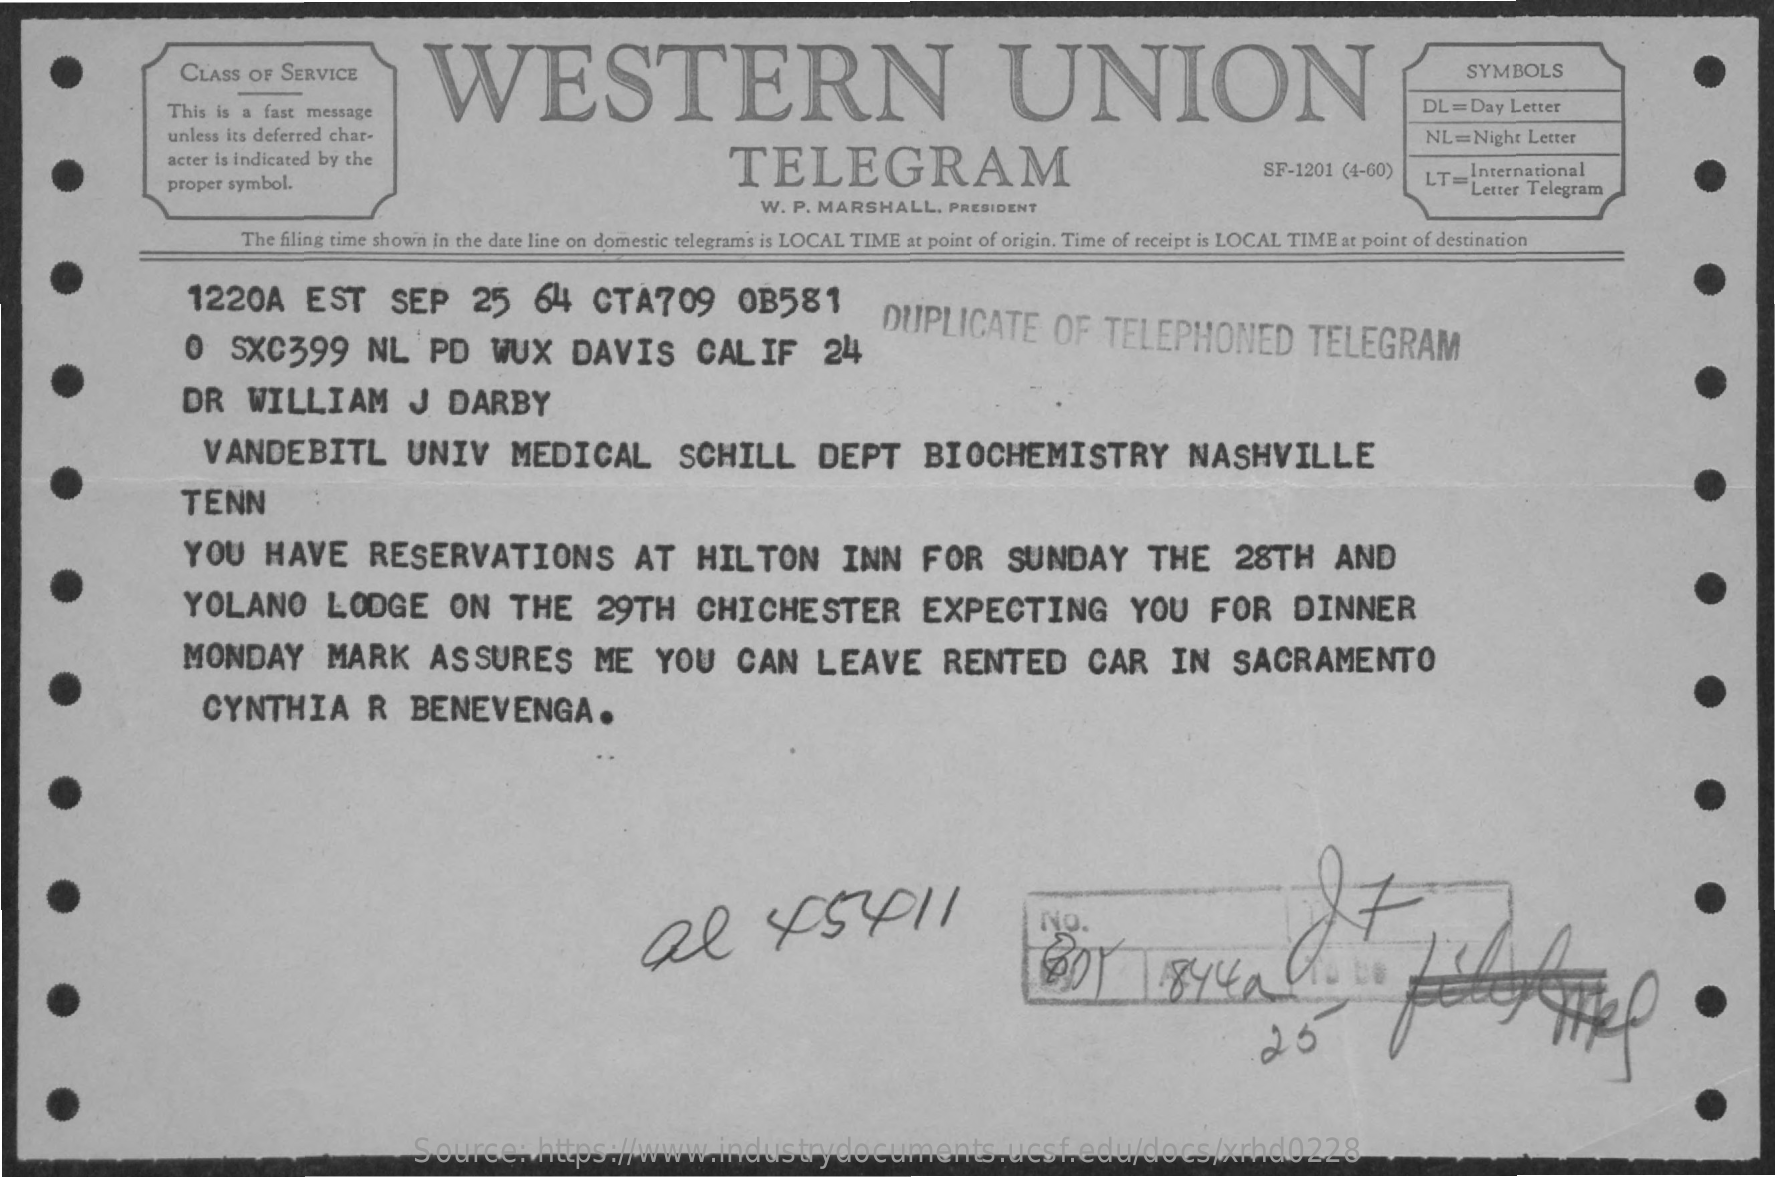
CLASS OF SERVICE    WESTERN    UNION
     SYMBOLS
     This is a fast message    DL =Day Letter
     unless its deferred chat-    NL=Night  Letter
     acter is indicated by the    TELEGRAM    SF-1201 (4-60)
     proper symbol.    LT= International
     W. P. MARSHALL,  PRESIDENT
     Letter Telegram
     The filing time shown in the date line on domestic telegrams is LOCAL TIME at point of origin. Time of receipt is LOCAL TIME at point of destination
     1220A    EST    SEP    25    64   CTA709    0B581
     0  SXC399    NL    PD    WUX    DAVIS    CALIF    24
     DUPLICATE    OF    TELEPHONED    TELEGRAM
     DR    WILLIAM    J   DARBY
     VANDEBITL    UNIV    MEDICAL    SCHILL    DEPT    BIOCHEMISTRY    NASHVILLE
     TENN
     YOU    HAVE    RESERVATIONS    AT    HILTON    INN    FOR    SUNDAY    THE    28TH    AND
     YOLANO    LODGE    ON    THE    29TH    CHICHESTER    EXPECTING    YOU    FOR    DINNER
     MONDAY    MARK    ASSURES    ME    YOU    CAN    LEAVE    RENTED    CAR    IN    SACRAMENTO
     CYNTHIA    R   BENEVENGA.
     NO.
     80    1844a    fele
     25
     Source:    https://www.industrydocuments.ucsf.edu/docs/xrhd0228